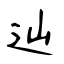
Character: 辿